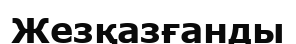
Жезқазғанды